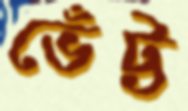
ভেঁট্ট